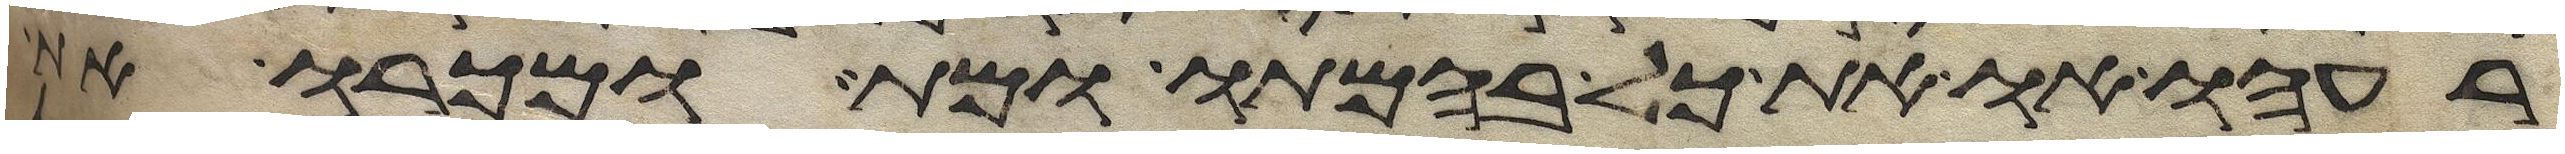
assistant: רעהו או את כל בהמתו ומת ומכרו את